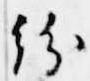
紛